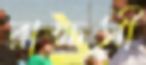
রাক্ষসী